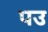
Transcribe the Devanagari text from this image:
पउ